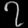
Digit: ၇